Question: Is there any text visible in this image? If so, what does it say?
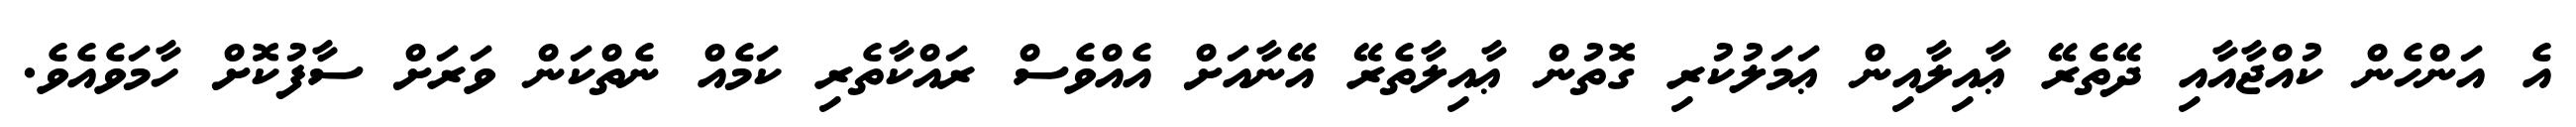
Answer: އެ އަންހެން ކުއްޖާއާއި ދޭތެރޭ ޢާއިލާއިން ޢަމަލުކުރި ގޮތުން ޢާއިލާތެރޭ އޭނާއަށް އެއްވެސް ރައްކާތެރި ކަމެއް ނެތްކަން ވަރަށް ސާފުކޮށް ހާމަވެއެވެ.